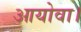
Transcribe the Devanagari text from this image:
आयोवा।